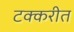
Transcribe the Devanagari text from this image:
टक्करीत